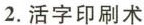
2.活字印刷术